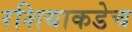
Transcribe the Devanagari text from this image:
रशियाकडेच